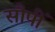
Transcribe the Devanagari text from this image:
सौपीं